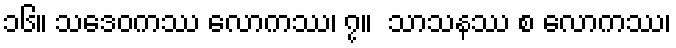
၁၆။ သဒေဝကဿ လောကဿ၊ ၇။  သာသနဿ စ လောကဿ၊